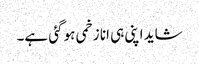
شاید اپنی ہی انا زخمی ہو گئی ہے۔